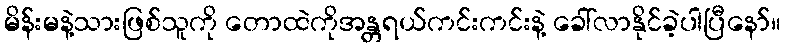
မိန်းမနဲ့သားဖြစ်သူကို တောထဲကိုအန္တရယ်ကင်းကင်းနဲ့ ခေါ်လာနိုင်ခဲ့ပါပြီနော်။